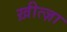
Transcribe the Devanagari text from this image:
ख़ीत्ज़ा